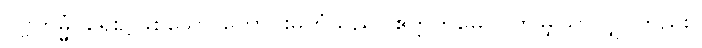
ပုဗ္ဗကမ္မံ၊ ရှေး၌ဖြစ်သော ကောင်းမှုကံသည်။ ဧတ္တကမေဝ၊ ဤမျှသာလျှင်တည်း။